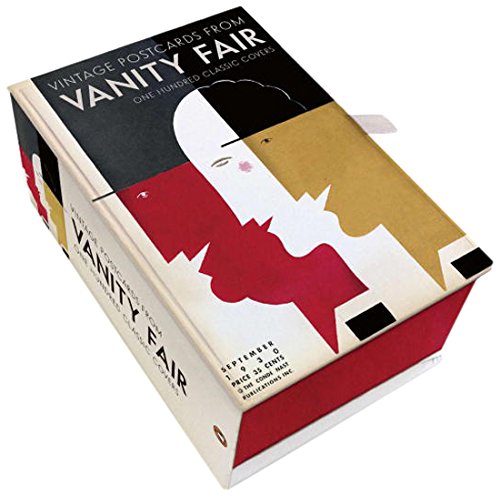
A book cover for Vintage Postcards from Vanity Fair: One Hundred Classic Covers, 1913-1936; Crafts, Hobbies & Home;